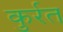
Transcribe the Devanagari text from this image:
कुर्रत